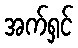
အက်ရှင်